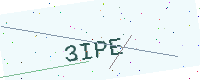
Text: 3IPE